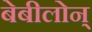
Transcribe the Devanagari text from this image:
बेबीलोन्